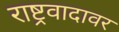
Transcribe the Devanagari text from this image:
राष्ट्रवादावर